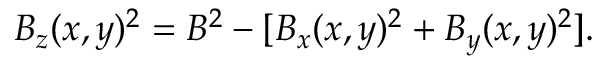
B _ { z } ( x , y ) ^ { 2 } = B ^ { 2 } - [ B _ { x } ( x , y ) ^ { 2 } + B _ { y } ( x , y ) ^ { 2 } ] .